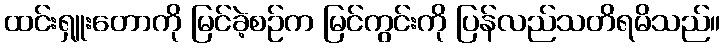
ထင်းရှူးတောကို မြင်ခဲ့စဉ်က မြင်ကွင်းကို ပြန်လည်သတိရမိသည်။